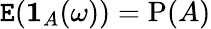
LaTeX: \operatorname{\mathtt{E}}(\mathbf{{1}}_{A}(\omega))=\operatorname{P}(A)